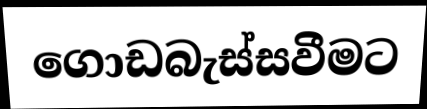
ගොඩබැස්සවීමට